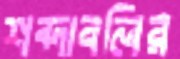
শব্দাবলির